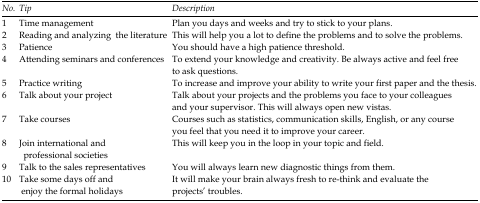
<table><thead><tr><td><b>No.</b></td><td><b>Tip</b></td><td><b>Description</b></td></tr></thead><tbody><tr><td><b>1</b></td><td><b>Time management</b></td><td>Plan you days and weeks and try to stick to your plans. </td></tr><tr><td><b>2</b></td><td><b>Reading and analyzing the literature</b></td><td>This will help you a lot to define the problems and to solve the problems.</td></tr><tr><td><b>3</b></td><td><b>Patience</b></td><td>You should have a high patience threshold. </td></tr><tr><td><b>4</b></td><td><b>Attending seminars and conferences</b></td><td>To extend your knowledge and creativity. Be always active and feel free to ask questions.</td></tr><tr><td><b>5</b></td><td><b>Practice writing</b></td><td>To increase and improve your ability to write your first paper and the thesis.</td></tr><tr><td><b>6</b></td><td><b>Talk about your project</b></td><td>Talk about your projects and the problems you face to your colleagues and your supervisor. This will always open new vistas. </td></tr><tr><td><b>7</b></td><td><b>Take courses</b></td><td>Courses such as statistics, communication skills, English, or any course you feel that you need it to improve your career.</td></tr><tr><td><b>8</b></td><td><b>Join international and professional societies</b></td><td>This will keep you in the loop in your topic and field.</td></tr><tr><td><b>9</b></td><td><b>Talk to the sales representatives</b></td><td>You will always learn new diagnostic things from them.</td></tr><tr><td><b>10</b></td><td><b>Take some days off and enjoy the formal holidays</b></td><td>It will make your brain always fresh to re-think and evaluate the projects’ troubles.</td></tr></tbody></table>